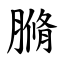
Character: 䐰